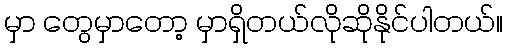
မှာ တွေမှာတော့ မှာရှိတယ်လိုဆိုနိုင်ပါတယ်။